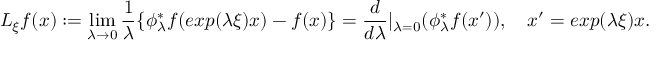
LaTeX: { L } _ { \xi } f ( x ) : = \operatorname * { l i m } _ { \lambda \rightarrow 0 } \frac { 1 } { \lambda } \{ \phi _ { \lambda } ^ { * } f ( e x p ( \lambda \xi ) x ) - f ( x ) \} = \frac { d } { d \lambda } | _ { \lambda = 0 } ( \phi _ { \lambda } ^ { * } f ( x ^ { \prime } ) ) , \quad x ^ { \prime } = e x p ( \lambda \xi ) x .